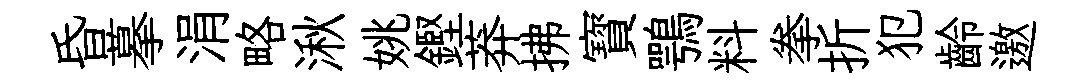
昏摹涓略湫姚鏗莽拂寳鶚料拳折犯齡邀